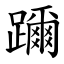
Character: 躎